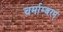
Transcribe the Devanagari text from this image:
चर्माम्बरम्